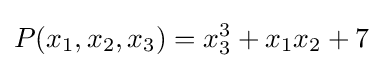
P(x_{1},x_{2},x_{3})=x_{3}^{3}+x_{1}x_{2}+7